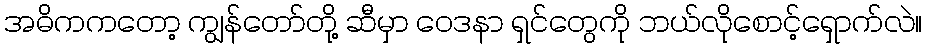
အဓိကကတော့ ကျွန်တော်တို့ ဆီမှာ ဝေဒနာ ရှင်တွေကို ဘယ်လိုစောင့်ရှောက်လဲ။